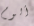
ألوم